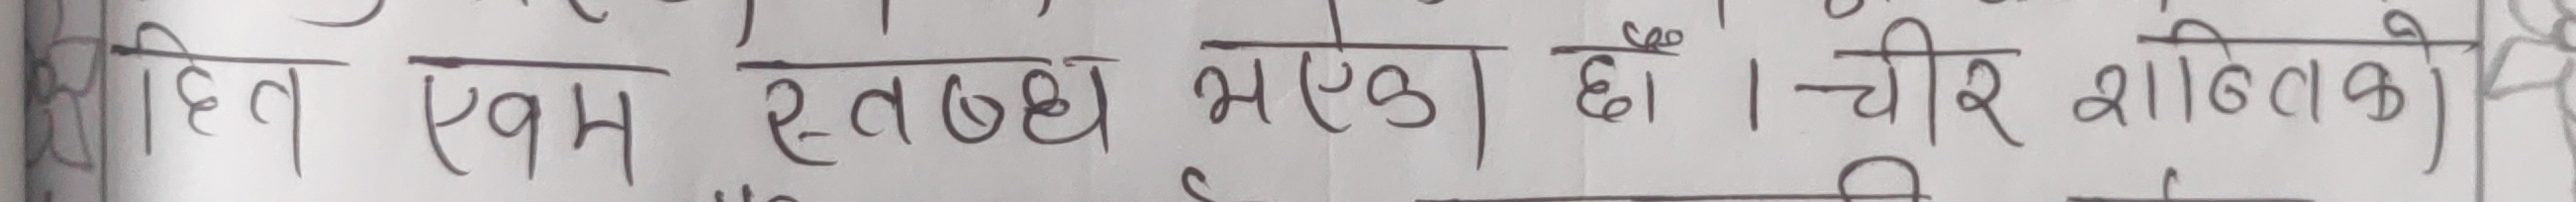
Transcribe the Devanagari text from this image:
हित एवं स्तब्ध भएको छ। चीर शांातको